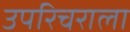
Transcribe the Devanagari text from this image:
उपरिचराला